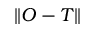
\lVert O - T \rVert